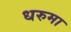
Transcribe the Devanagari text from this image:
धरुमा